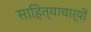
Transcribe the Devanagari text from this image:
साहित्याचार्यों